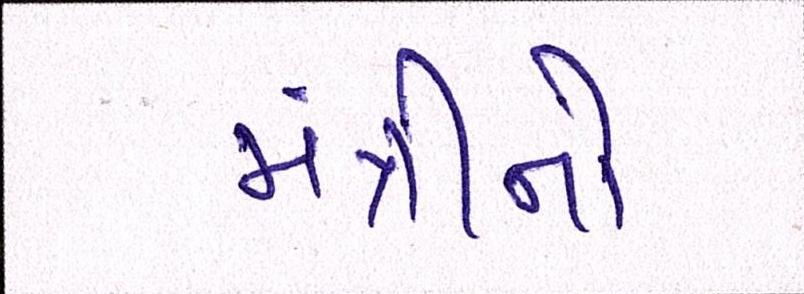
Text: મંત્રીનો